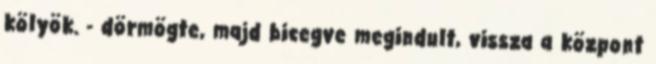
kölyök. - dörmögte, majd bicegve megindult, vissza a központ